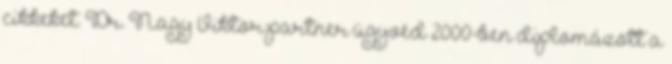
cikkeket. Dr. Nagy Viktor partner ügyvéd 2000-ben diplomázott a